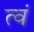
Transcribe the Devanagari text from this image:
त्वं